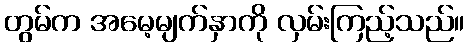
တွမ်က အမေ့မျက်နှာကို လှမ်းကြည့်သည်။